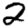
Digit: 2